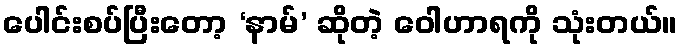
ပေါင်းစပ်ပြီးတော့ ‘နာမ်’ ဆိုတဲ့ ဝေါဟာရကို သုံးတယ်။